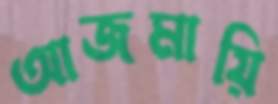
আজমায়ি